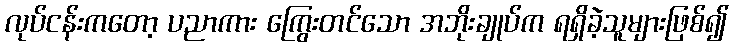
လုပ်ငန်းကတော့ ပညာကား ကြွေးတင်သော အဘိုးချုပ်က ရရှိခဲ့သူများဖြစ်၍